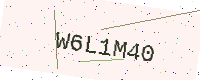
Text: W6L1M40